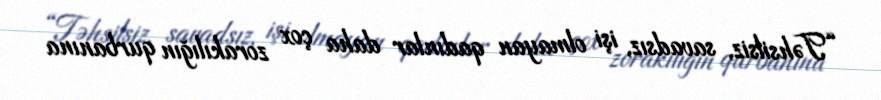
“Təhsilsiz, savadsız, işi olmayan qadınlar daha çox zorakılığın qurbanına